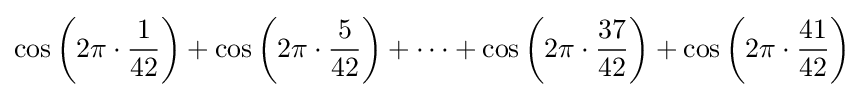
\cos \left(2\pi \cdot {\frac {1}{42}}\right)+\cos \left(2\pi \cdot {\frac {5}{42}}\right)+\cdots +\cos \left(2\pi \cdot {\frac {37}{42}}\right)+\cos \left(2\pi \cdot {\frac {41}{42}}\right)